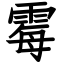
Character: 霉